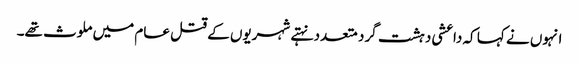
انہوں نے کہا کہ داعشی دہشت گرد متعدد نہتے شہریوں کے قتل عام میں ملوث تھے۔